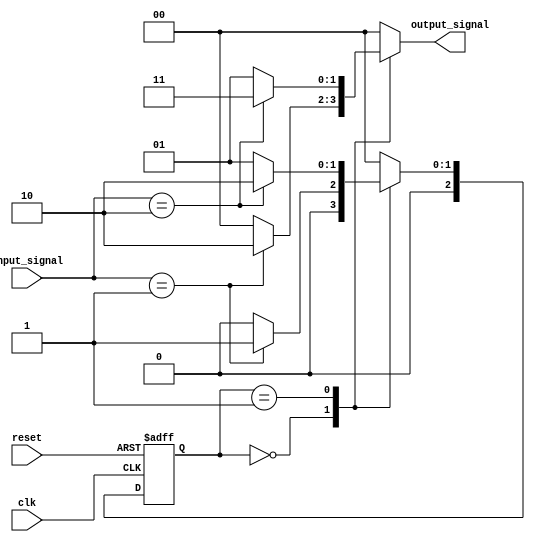
module MealyStateMachine #(
    parameter N = 3,                // Number of bits for state encoding
    parameter NUM_STATES = 2 ** N   // Total number of states
) (
    input wire clk,                 // Clock signal
    input wire reset,               // Asynchronous reset signal
    input wire [1:0] input_signal,  // Input signals affecting state transitions and outputs
    output reg [1:0] output_signal   // Output signals
);

    // State register
    reg [N-1:0] current_state, next_state;

    // State encoding (example: 2 states)
    localparam STATE_0 = 3'b00;
    localparam STATE_1 = 3'b01;
    localparam STATE_2 = 3'b10;

    // Asynchronous reset and state update on clock edge
    always @(posedge clk or posedge reset) begin
        if (reset) begin
            current_state <= STATE_0;  // Initialize to starting state
        end else begin
            current_state <= next_state; // Update state on clock edge
        end
    end

    // State transition logic
    always @(*) begin
        case (current_state)
            STATE_0: begin
                if (input_signal == 2'b01) begin
                    next_state = STATE_1; // Transition to STATE_1
                    output_signal = 2'b10; // Output for STATE_0 with input 01
                end else begin
                    next_state = STATE_0; // Stay in STATE_0
                    output_signal = 2'b00; // Output for STATE_0 with other inputs
                end
            end
            STATE_1: begin
                if (input_signal == 2'b10) begin
                    next_state = STATE_2; // Transition to STATE_2
                    output_signal = 2'b11; // Output for STATE_1 with input 10
                end else begin
                    next_state = STATE_1; // Stay in STATE_1
                    output_signal = 2'b01; // Output for STATE_1 with other inputs
                end
            end
            STATE_2: begin
                // Define behavior for STATE_2
                next_state = STATE_0; // Transition back to STATE_0 for simplicity
                output_signal = 2'b00; // Output for STATE_2
            end
            default: begin
                next_state = STATE_0; // Default to STATE_0
                output_signal = 2'b00; // Default output
            end
        endcase
    end

endmodule